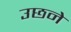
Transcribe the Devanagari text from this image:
उछने